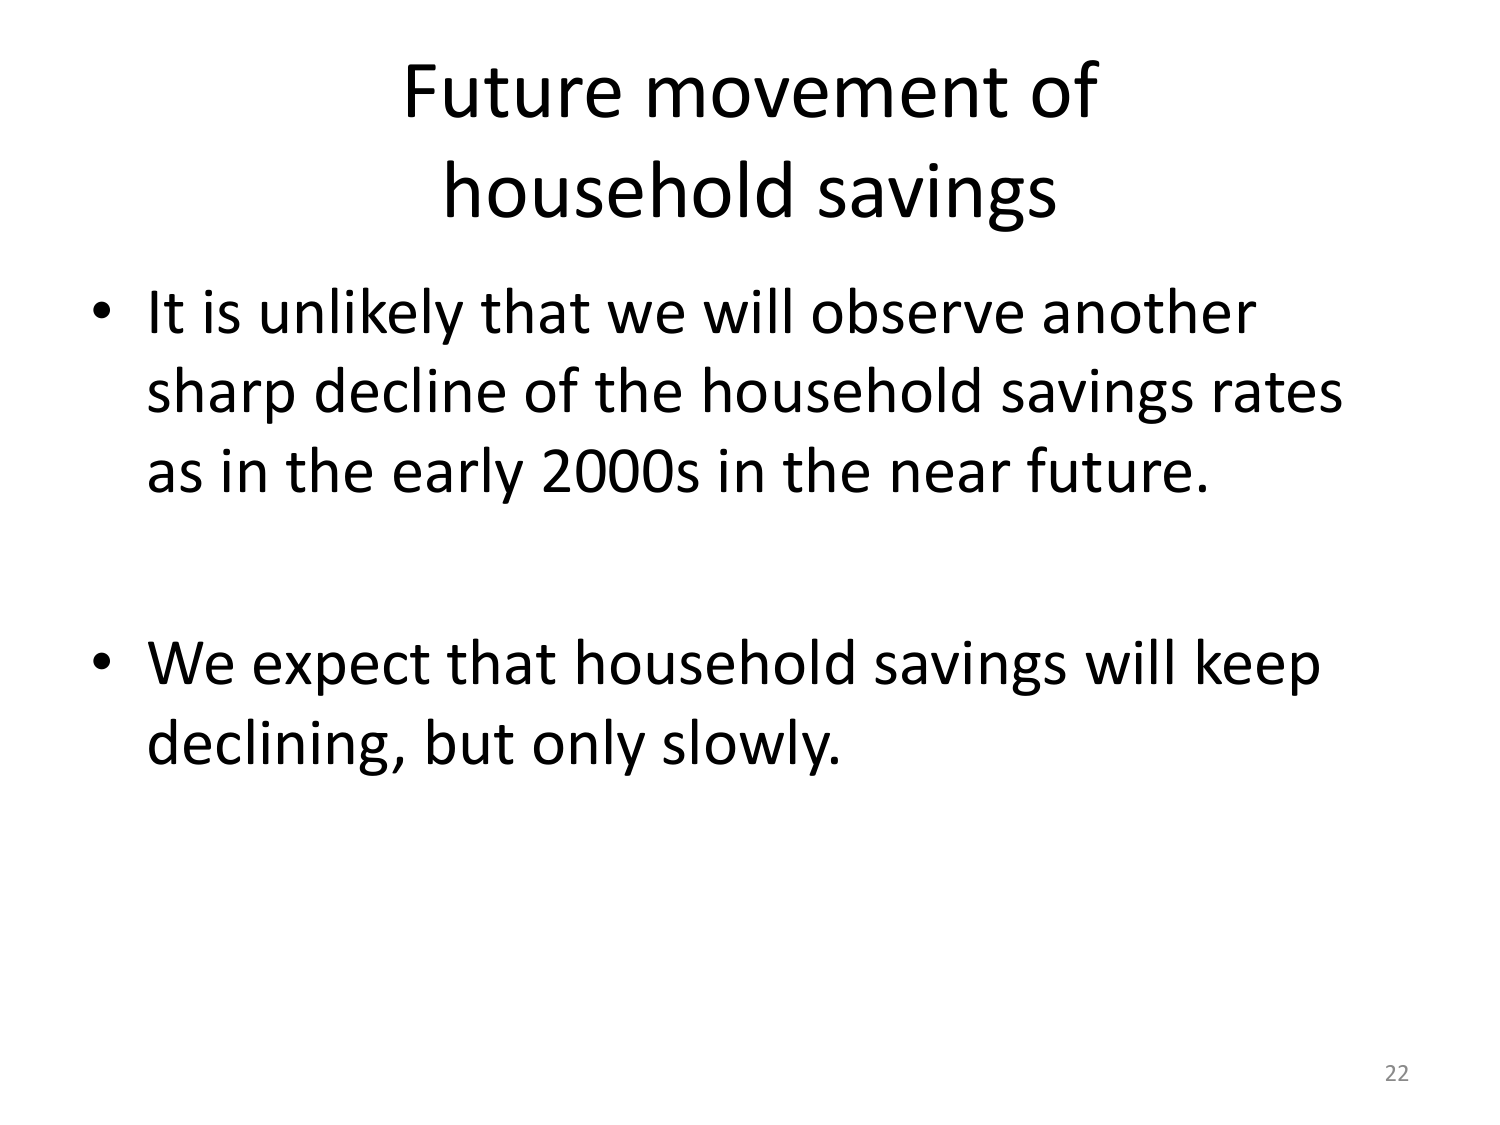
Future movement of
household savings

• It is unlikely that we will observe another
sharp decline of the household savings rates
as in the early 2000s in the near future.

• We expect that household savings will keep
declining, but only slowly.

22